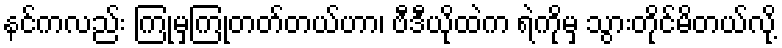
နင်ကလည်း ကြုံမှကြုံတတ်တယ်ဟာ၊ ဗီဒီယိုထဲက ရဲကိုမှ သွားတိုင်မိတယ်လို့